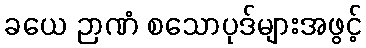
ခယေ ဉာဏံ စသောပုဒ်များအဖွင့်